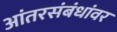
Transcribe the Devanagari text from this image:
आंतरसंबंधांवर